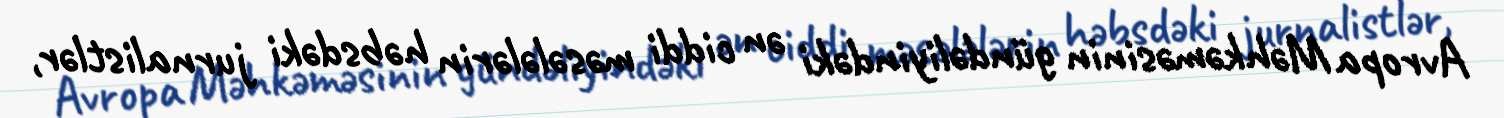
Avropa Məhkəməsinin gündəliyindəki ən ciddi məsələlərin həbsdəki jurnalistlər,